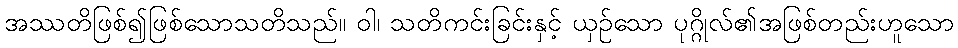
အဿတိဖြစ်၍ဖြစ်သောသတိသည်။ ဝါ၊ သတိကင်းခြင်းနှင့် ယှဉ်သော ပုဂ္ဂိုလ်၏အဖြစ်တည်းဟူသော